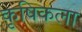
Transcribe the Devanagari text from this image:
कृषिकला